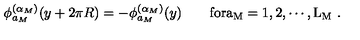
\phi _ { a _ { M } } ^ { ( \alpha _ { M } ) } ( y + 2 \pi R ) = - \phi _ { a _ { M } } ^ { ( \alpha _ { M } ) } ( y ) \qquad \mathrm { f o r a _ M = 1 , 2 , \cdots , L _ M } \ .